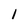
Character: 1